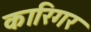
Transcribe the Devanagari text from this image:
कारिगर